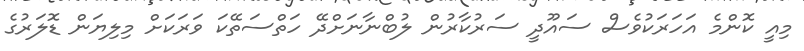
މިއީ ކޮންމެ އަހަރަކުވެސް ސައޫދީ ސަރުކާރުން ލުބްނާނަށްދޭ ހަތްސަތޭކަ ވަރަކަށް މިލިޔަން ޑޮލަރުގެ